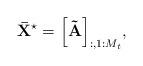
LaTeX: \begin{align*} {{\bf{\bar X}}^{\star}} = {\left[ {{\bf{\tilde A}}} \right]_{:,1:{M_t}}}, \end{align*}